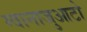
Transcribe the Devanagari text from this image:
ग्वानाजुआटो